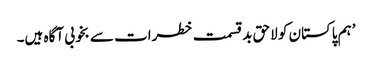
’ہم پاکستان کو لاحق بدقسمت خطرات سے بخوبی آگاہ ہیں۔